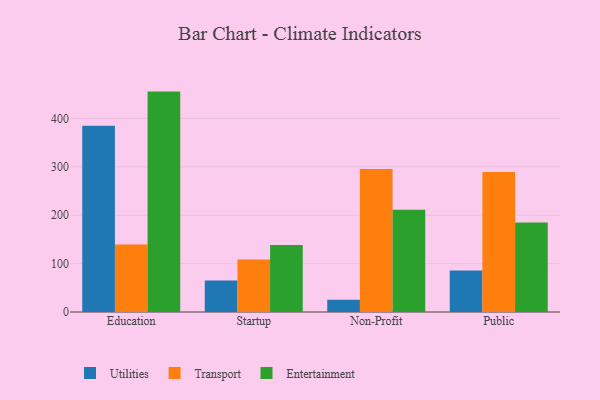
{"axis": {"x": "Segment", "y": "Revenue (USD Million)"}, "legend": ["Entertainment", "Transport", "Utilities"], "data": [{"x": "Education", "y": 385.0, "type": "Utilities"}, {"x": "Education", "y": 139.3, "type": "Transport"}, {"x": "Education", "y": 455.4, "type": "Entertainment"}, {"x": "Startup", "y": 65.2, "type": "Utilities"}, {"x": "Startup", "y": 108.6, "type": "Transport"}, {"x": "Startup", "y": 138.4, "type": "Entertainment"}, {"x": "Non-Profit", "y": 25.1, "type": "Utilities"}, {"x": "Non-Profit", "y": 295.5, "type": "Transport"}, {"x": "Non-Profit", "y": 211.5, "type": "Entertainment"}, {"x": "Public", "y": 85.8, "type": "Utilities"}, {"x": "Public", "y": 289.3, "type": "Transport"}, {"x": "Public", "y": 184.9, "type": "Entertainment"}]}